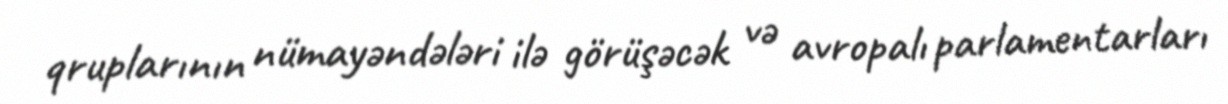
qruplarının nümayəndələri ilə görüşəcək və avropalı parlamentarları